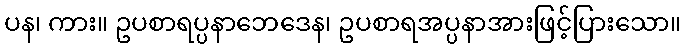
ပန၊ ကား။ ဥပစာရပ္ပနာဘေဒေန၊ ဥပစာရအပ္ပနာအားဖြင့်ပြားသော။